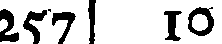
257 10